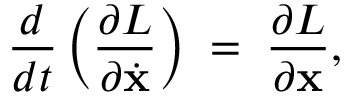
\frac { d } { d t } \left( \frac { \partial L } { \partial \dot { \bf x } } \right) \; = \; \frac { \partial L } { \partial \bf x } ,